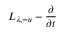
L _ { \lambda , - u } - \frac { \partial } { \partial t }